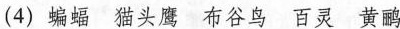
(4)蝙蝠猫头鹰布谷鸟百灵黄鹂